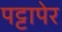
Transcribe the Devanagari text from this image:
पट्टापेर